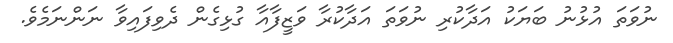
ނުވަތަ އުޅުނު ބަޔަކު އަދާކުރި ނުވަތަ އަދާކުރާ ވަޒީފާއާ ގުޅިގެން ދެވިފައިވާ ނަންނަމެވެ.